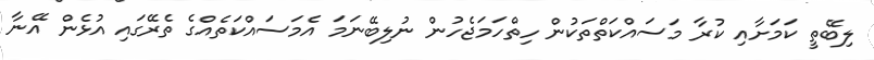
ލިބޭތީ ކަމަށާއި ކުރާ މަސައްކަތްތަކުން ހިތްހަމަޖެހުން ނުލިބޭނަމަ އެމަސައްކަތެއްގެ ތެރޭގައި އުޅެން އޭނާ